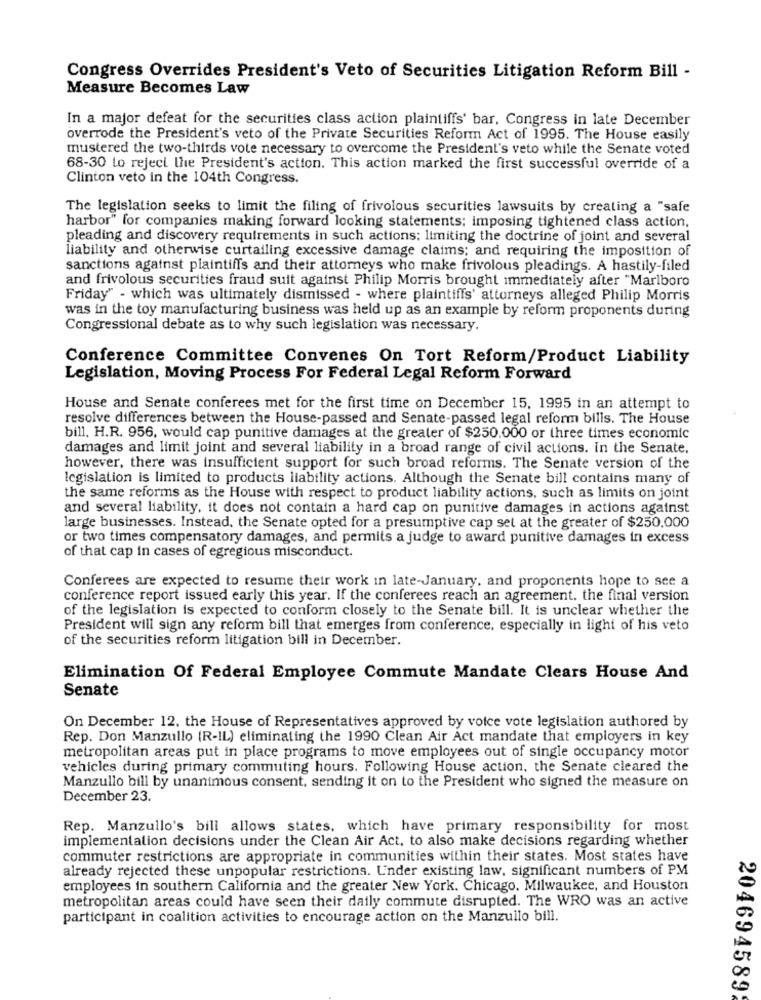
Congress Overrides President's Veto of Securities Litigation Reform Bill -
Measure Becomes Law
In a major defeat for the securities class action plaintiffs' bar, Congress in late December
overrode the President's veto of the Private Securities Reform Act of 1995. The House easily
mustered the two-thirds vote necessary to overcome the President's veto while the Senate voted
68-30 to reject the President's action. This action marked the first successful override of a
Clinton veto in the 104th Congress.
The legislation seeks to limit the filing of frivolous securities lawsuits by creating a "safe
harbor" for companies making forward looking statements; imposing tightened class action,
pleading and discovery requirements in such actions: limiting the doctrine of joint and several
liability and otherwise curtailing excessive damage claims; and requiring the imposition of
sanctions against plaintiffs and their attorneys who make frivolous pleadings. A hastily-filed
and frivolous securities fraud suit against Philip Morris brought immediately after "Marlboro
Friday" - which was ultimately dismissed - where plaintiffs' attorneys alleged Philip Morris
was in the toy manufacturing business was held up as an example by reform proponents during
Congressional debate as to why such legislation was necessary.
Conference Committee Convenes On Tort Reform/Product Liability
Legislation, Moving Process For Federal Legal Reform Forward
House and Senate conferees met for the first time on December 15, 1995 in an attempt to
resolve differences between the House-passed and Senate-passed legal reform bills. The House
bill. H.R. 956, would cap punitive damages at the greater of $250.000 or three times economic
damages and limit joint and several liability in a broad range of civil actions. In the Senate.
however, there was insufficient support for such broad reforms. The Senate version of the
legislation is limited to products liability actions. Although the Senate bill contains many of
the same reforms as the House with respect to product liability actions, such as limits on joint
and several liability, it does not contain a hard cap on punitive damages in actions against
large businesses. Instead, the Senate opted for a presumptive cap set at the greater of $250,000
or two times compensatory damages, and permits a judge to award punitive damages in excess
of that cap in cases of egregious misconduct.
Conferees are expected to resume their work in late-January, and proponents hope to see a
conference report issued early this year. If the conferees reach an agreement. the final version
of the legislation is expected to conform closely to the Senate bill. It is unclear whether the
President will sign any reform bill that emerges from conference, especially in light of his veto
of the securities reform litigation bill in December.
Elimination Of Federal Employee Commute Mandate Clears House And
Senate
On December 12, the House of Representatives approved by voice vote legislation authored by
Rep. Don Manzullo (R-IL) eliminating the 1990 Clean Air Act mandate that employers in key
metropolitan areas put in place programs to move employees out of single occupancy motor
vehicles during primary commuting hours. Following House action, the Senate cleared the
Manzullo bill by unanimous consent, sending it on to the President who signed the measure on
December 23.
Rep. Manzullo's bill allows states, which have primary responsibility for most
implementation decisions under the Clean Air Act, to also make decisions regarding whether
commuter restrictions are appropriate in communities within their states. Most states have
already rejected these unpopular restrictions. Under existing law, significant numbers of PM
employees in southern California and the greater New York. Chicago. Milwaukee, and Houston
metropolitan areas could have seen their daily commute disrupted. The WRO was an active
participant in coalition activities to encourage action on the Manzullo bill.
204694589